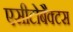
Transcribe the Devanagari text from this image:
एसीटोबैक्टस